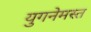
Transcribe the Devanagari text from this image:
युगनेमस्त